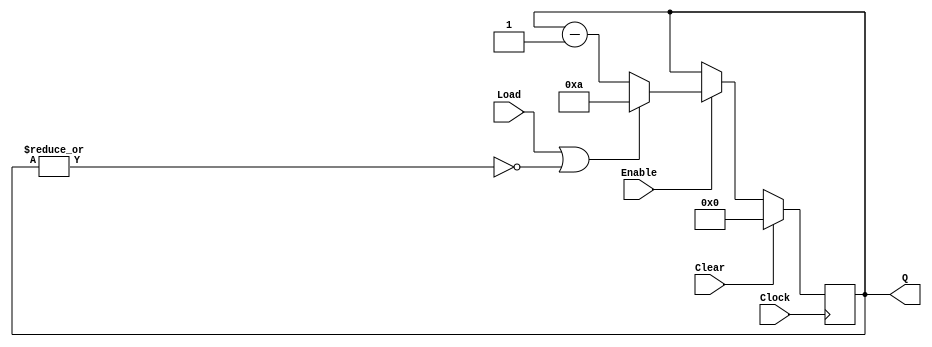
module Four_bit_down_counter_with_load_enable_behavior(
    input Clock,
    input Clear,
    input Load,
    input Enable,
    output [3:0] Q
    );

    reg [3:0] count;
    wire cnt_done;
    
    assign cnt_done = ~| count;
    assign Q = count;
       
    always @(posedge Clock)
      if (Clear)
         count <= 0;
      else if (Enable)
         if (Load | cnt_done)
            count <= 4'b1010;   // decimal 10
         else
            count <= count - 1;
    
endmodule